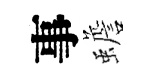
事蟾